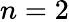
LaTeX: n=2